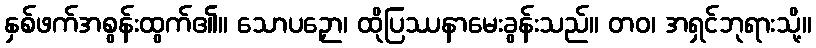
နှစ်ဖက်အစွန်းထွက်၏။ သောပဉှော၊ ထိုပြဿနာမေးခွန်းသည်။ တဝ၊ အရှင်ဘုရားသို့။